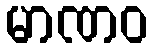
မာဏဝ